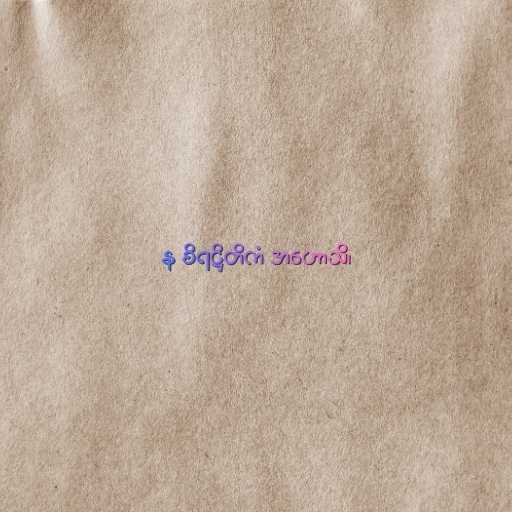
န စိရဋ္ဌိတိကံ အဟောသိ၊